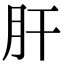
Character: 肝